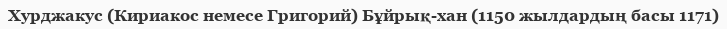
Хурджакус (Кириакос немесе Григорий) Бұйрық-хан (1150 жылдардың басы 1171)